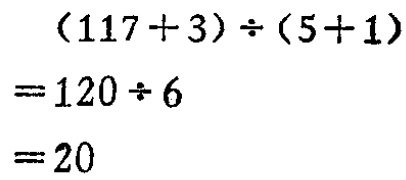
\[
\begin{align*}
&(117 + 3)\div(5 + 1)\\
=&120\div6\\
=&20
\end{align*}
\]